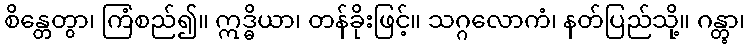
စိန္တေတွာ၊ ကြံစည်၍။ ဣဒ္ဓိယာ၊ တန်ခိုးဖြင့်။ သဂ္ဂလောကံ၊ နတ်ပြည်သို့။ ဂန္တွာ၊